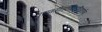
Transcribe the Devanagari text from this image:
पुराणगीतकोदण्डविद्यार्णव